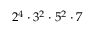
2 ^ { 4 } \cdot 3 ^ { 2 } \cdot 5 ^ { 2 } \cdot 7